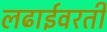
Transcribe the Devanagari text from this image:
लढाईवरती